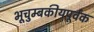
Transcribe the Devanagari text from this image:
भूचुम्बकीयपूर्वक